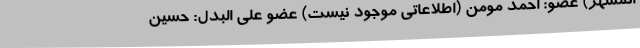
ائمشهر) عضو: احمد مومن (اطلاعاتی موجود نیست) عضو علی البدل: حسین